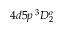
4 d 5 p \, ^ { 3 } D _ { 2 } ^ { o }